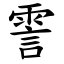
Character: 霅